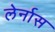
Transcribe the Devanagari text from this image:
लेर्नास